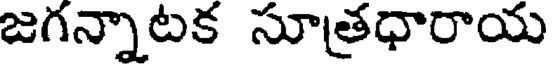
జగన్నాటక సూత్రధారాయ